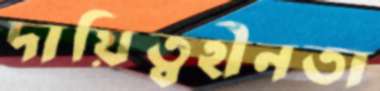
দায়িত্বহীনতা